Annual administration report of the Civil Veterinary Department of India - 1899-1900
Year: 1899
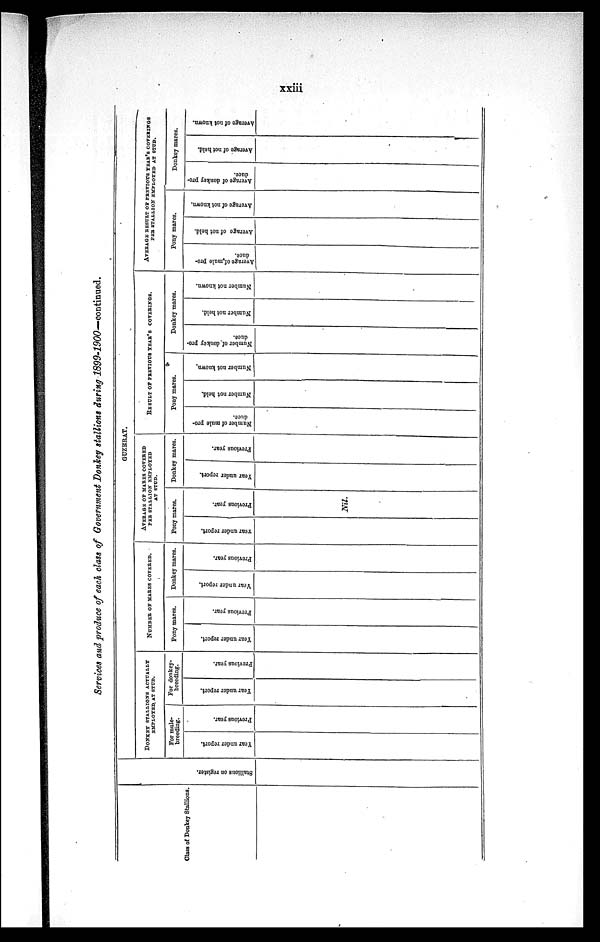
xxiii
Services and produce of each class of Government Donkey stallions during 1899-1900-continued.
Class of Donkey Stallions.
GUZERAT.
Stallions on register.
DONKEY STALLIONS ACTUALLY EMPLOYED AT STUD.
For male-
breeding.
Year under report.
Previous year.
For donkey-
breeding.
Year under report.
Previous year.
NUMBER OF MARES COVERED.
Pony mares.
Year under report.
Previous year.
Donkey mares.
Year under report.
Previous year.
AVERAGE OF MARES COVERED
PER STALLION EMPLOYED
AT STUD.
Pony mares.
rear under report.
Previous year.
Nil.
Donkey mares.
Year under report.
Previous year.
RESULT OF PREVIOUS YEAR'S COVERINGS.
Pony mares.
Number of mule pro-
duce.
Number not held.
Number not known.
Donkey mares.
Number of donkey pro-
duce.
Number not held.
Number not known.
AVERAGE RESULT OF PREVIOUS YEAR'S COVERINGS
PER STALLION EMPLOYED AT STUD.
Pony mares.
Average of mule pro-
duce.
Average of not held.
Average of not known.
Donkey mares.
Average of donkey pro-
duce.
Average of not held.
Average of not known.